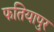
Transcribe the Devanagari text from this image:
फतियापुर